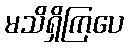
မသိရှိကြပေ